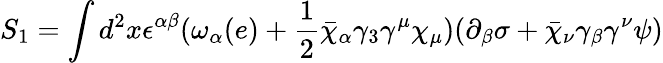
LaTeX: S_{1}=\int d^{2}x\epsilon^{\alpha\beta}(\omega_{\alpha}(e)+\frac{1}{2}\bar{\chi}_{\alpha}\gamma_{3}\gamma^{\mu}\chi_{\mu})(\partial_{\beta}\sigma+\bar{\chi}_{\nu}\gamma_{\beta}\gamma^{\nu}\psi)